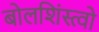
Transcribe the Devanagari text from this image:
बोलशिंस्त्वो